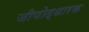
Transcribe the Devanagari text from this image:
जीणोद्धारक